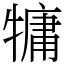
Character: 𤛑